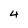
Character: 4